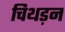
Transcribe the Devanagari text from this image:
चिथड़न